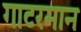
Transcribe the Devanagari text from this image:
गाटरमान